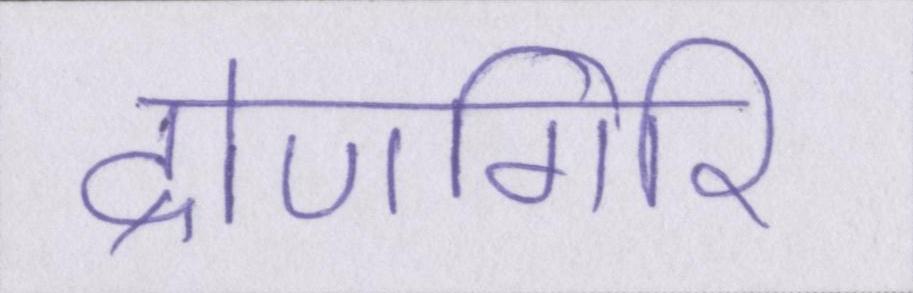
द्रोणगिरि